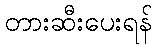
တားဆီးပေးရန်